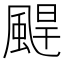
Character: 𩗤